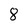
Character: 8